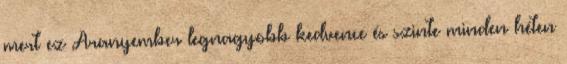
mert ez Aranyember legnagyobb kedvence és szinte minden héten